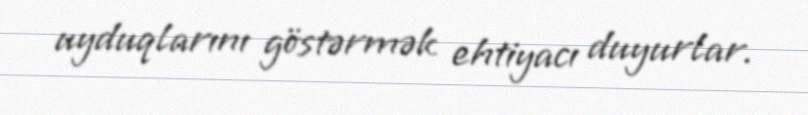
uyduqlarını göstərmək ehtiyacı duyurlar.